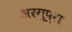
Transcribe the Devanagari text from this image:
अरगूपुरा